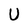
Character: U